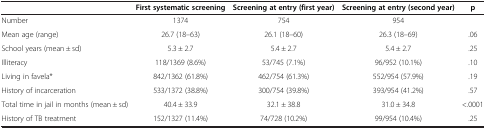
<table><thead><tr><td><b> </b></td><td><b>First systematic screening</b></td><td><b>Screening at entry (first year)</b></td><td><b>Screening at entry (second year)</b></td><td><b>p</b></td></tr></thead><tbody><tr><td>Number</td><td>1374</td><td>754</td><td>954</td><td> </td></tr><tr><td>Mean age (range)</td><td>26.7 (18–63)</td><td>26.1 (18–60)</td><td>26.3 (18–69)</td><td>.06</td></tr><tr><td>School years (mean ± sd)</td><td>5.3 ± 2.7</td><td>5.4 ± 2.7</td><td>5.4 ± 2.7</td><td>.25</td></tr><tr><td>Illiteracy</td><td>118/1369 (8.6%)</td><td>53/745 (7.1%)</td><td>96/952 (10.1%)</td><td>.10</td></tr><tr><td>Living in favela*</td><td>842/1362 (61.8%)</td><td>462/754 (61.3%)</td><td>552/954 (57.9%)</td><td>.19</td></tr><tr><td>History of incarceration</td><td>533/1372 (38.8%)</td><td>300/754 (39.8%)</td><td>393/954 (41.2%)</td><td>.57</td></tr><tr><td>Total time in jail in months (mean ± sd)</td><td>40.4 ± 33.9</td><td>32.1 ± 38.8</td><td>31.0 ± 34.8</td><td>&lt;.0001</td></tr><tr><td>History of TB treatment</td><td>152/1327 (11.4%)</td><td>74/728 (10.2%)</td><td>99/954 (10.4%)</td><td>.25</td></tr></tbody></table>